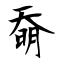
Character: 奣